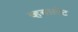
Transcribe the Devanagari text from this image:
व्हयालेट